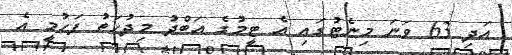
އަދި 63 ވަނަ މިނެޓުގައި އެ ޓީމުގެ އަބްދު މިދުހަތު ފަހުމީ އެ